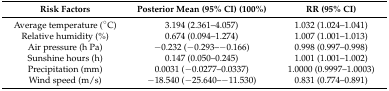
<table><thead><tr><td><b>Risk Factors</b></td><td><b>Posterior Mean (95% CI) (100%)</b></td><td><b>RR (95% CI)</b></td></tr></thead><tbody><tr><td>Average temperature (°C)</td><td>3.194 (2.361–4.057)</td><td>1.032 (1.024–1.041)</td></tr><tr><td>Relative humidity (%)</td><td>0.674 (0.094–1.274)</td><td>1.007 (1.001–1.013)</td></tr><tr><td>Air pressure (h Pa)</td><td>−0.232 (−0.293–−0.166)</td><td>0.998 (0.997–0.998)</td></tr><tr><td>Sunshine hours (h)</td><td>0.147 (0.050–0.245)</td><td>1.001 (1.001–1.002)</td></tr><tr><td>Precipitation (mm)</td><td>0.0031 (−0.0277–0.0337)</td><td>1.0000 (0.9997–1.0003)</td></tr><tr><td>Wind speed (m/s)</td><td>−18.540 (−25.640–−11.530)</td><td>0.831 (0.774–0.891)</td></tr></tbody></table>